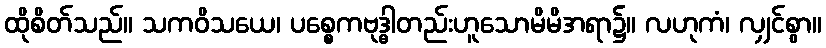
ထိုစိတ်သည်။ သကဝိသယေ၊ ပစ္စေကဗုဒ္ဓါတည်းဟူသောမိမိအရာ၌။ လဟုကံ၊ လျှင်စွာ။